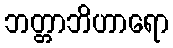
ဘတ္တာဘိဟာရော